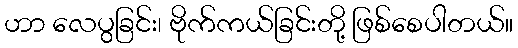
ဟာ လေပွခြင်း၊ ဗိုက်ကယ်ခြင်းတို့ ဖြစ်စေပါတယ်။